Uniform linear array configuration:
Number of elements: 24
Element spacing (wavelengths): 1
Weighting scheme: exponential
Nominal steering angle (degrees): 15
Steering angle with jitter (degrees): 15.359
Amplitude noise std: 0.05
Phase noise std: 0.05

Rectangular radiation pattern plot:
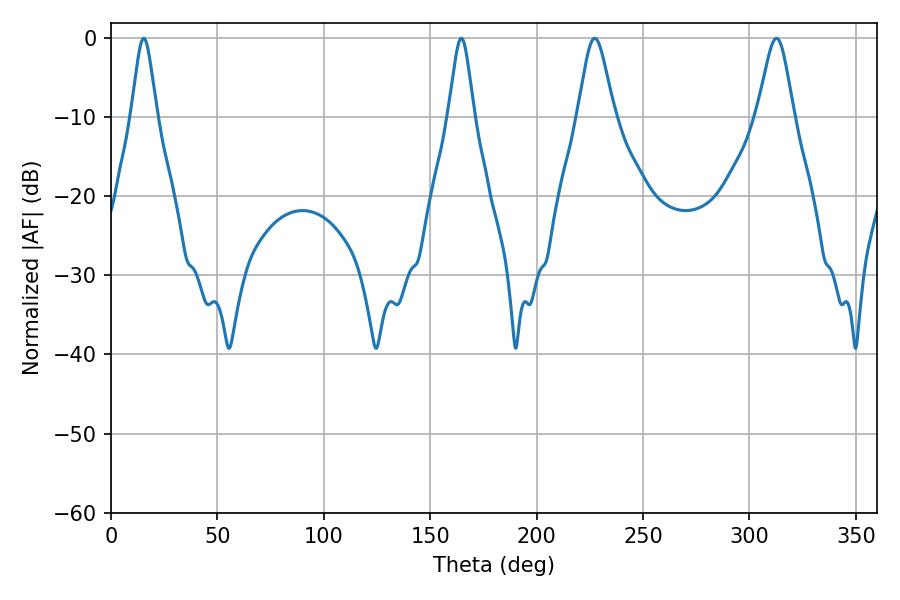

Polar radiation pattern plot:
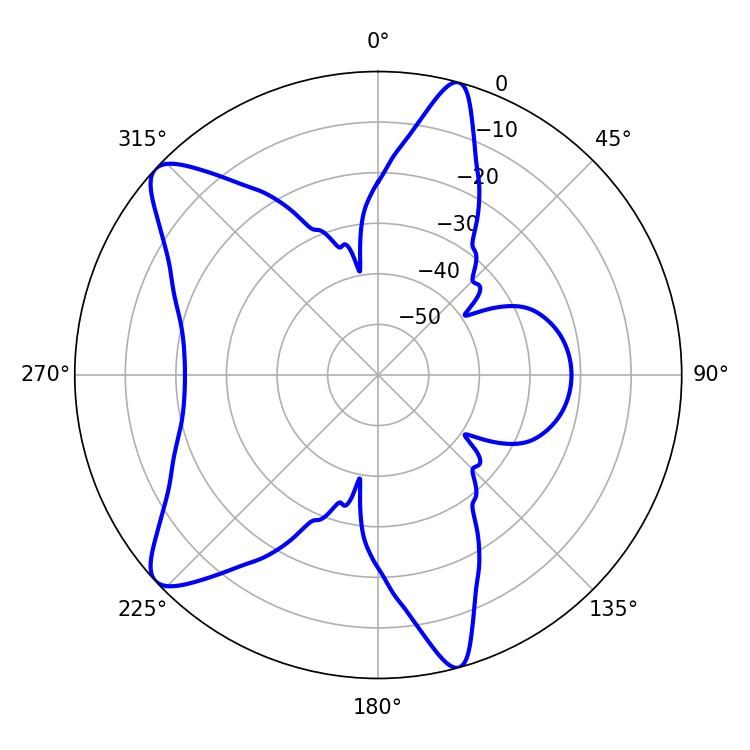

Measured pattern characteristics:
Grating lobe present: TRUE
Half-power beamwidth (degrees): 8.46
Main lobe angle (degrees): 227.34